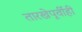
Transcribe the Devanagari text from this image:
तारखेपूर्वीही